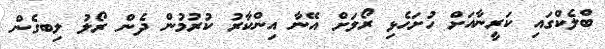
ބްލެކްގައި ކަރީނާއަށް ހުށަހެޅި ރޯލަށް އޭނާ އިންކާރު ކުރުމުން ދެން ރޯލު ލިބގެން